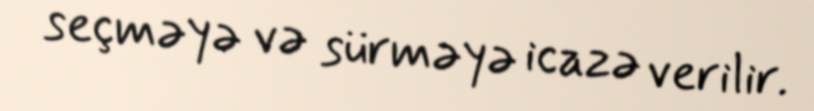
seçməyə və sürməyə icazə verilir.